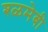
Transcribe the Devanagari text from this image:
श्ळमेबी